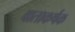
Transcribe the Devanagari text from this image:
वाताकर्षक